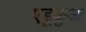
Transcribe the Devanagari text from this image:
एडूकुआ